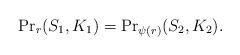
LaTeX: \begin{align*}{\Pr}_r(S_1, K_1) = {\Pr}_{\psi (r)}(S_2, K_2).\end{align*}